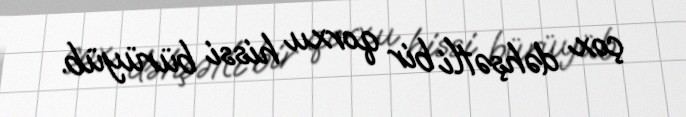
çox dəhşətli bir qorxu hissi bürüyüb.